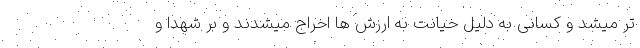
تر میشد و کسانی به دلیل خیانت به ارزش ها اخراج میشدند و بر شهدا و